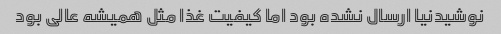
نوشیدنیا ارسال نشده بود اما کیفیت غذا مثل همیشه عالی بود